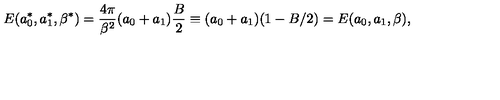
E ( a _ { 0 } ^ { * } , a _ { 1 } ^ { * } , \beta ^ { * } ) = \frac { 4 \pi } { \beta ^ { 2 } } ( a _ { 0 } + a _ { 1 } ) \frac { B } { 2 } \equiv ( a _ { 0 } + a _ { 1 } ) ( 1 - B / 2 ) = E ( a _ { 0 } , a _ { 1 } , \beta ) ,